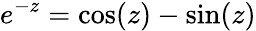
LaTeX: e^{-z}=\cos(z)-\sin(z)